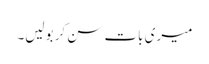
میری بات سن کر بولیں۔